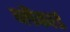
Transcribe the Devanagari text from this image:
ब्लैंकार्ड